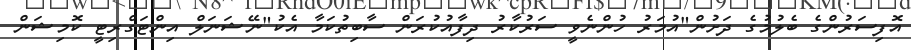
އޮފިސަރުންގެ ބެލުމުގެ ދަށުން"އުމަރު ހުންނެވީ ސަރުކާރު ދިފާއުކުރަން ސާބިތުކަމާ އެކު"ނޭޝަނަލް އިންޓަގްރިޓީ ކޮމިޝަން